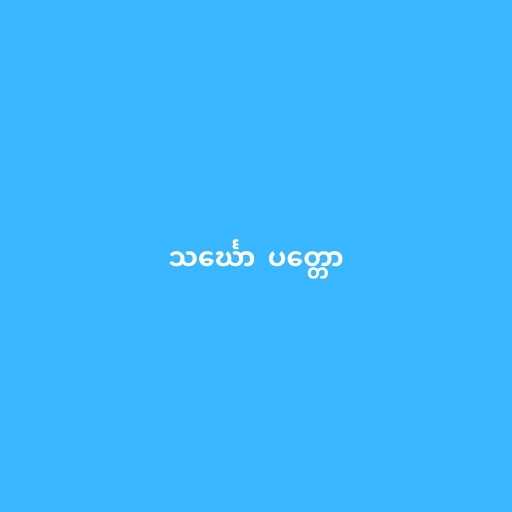
သင်္ဃော  ပတ္တော